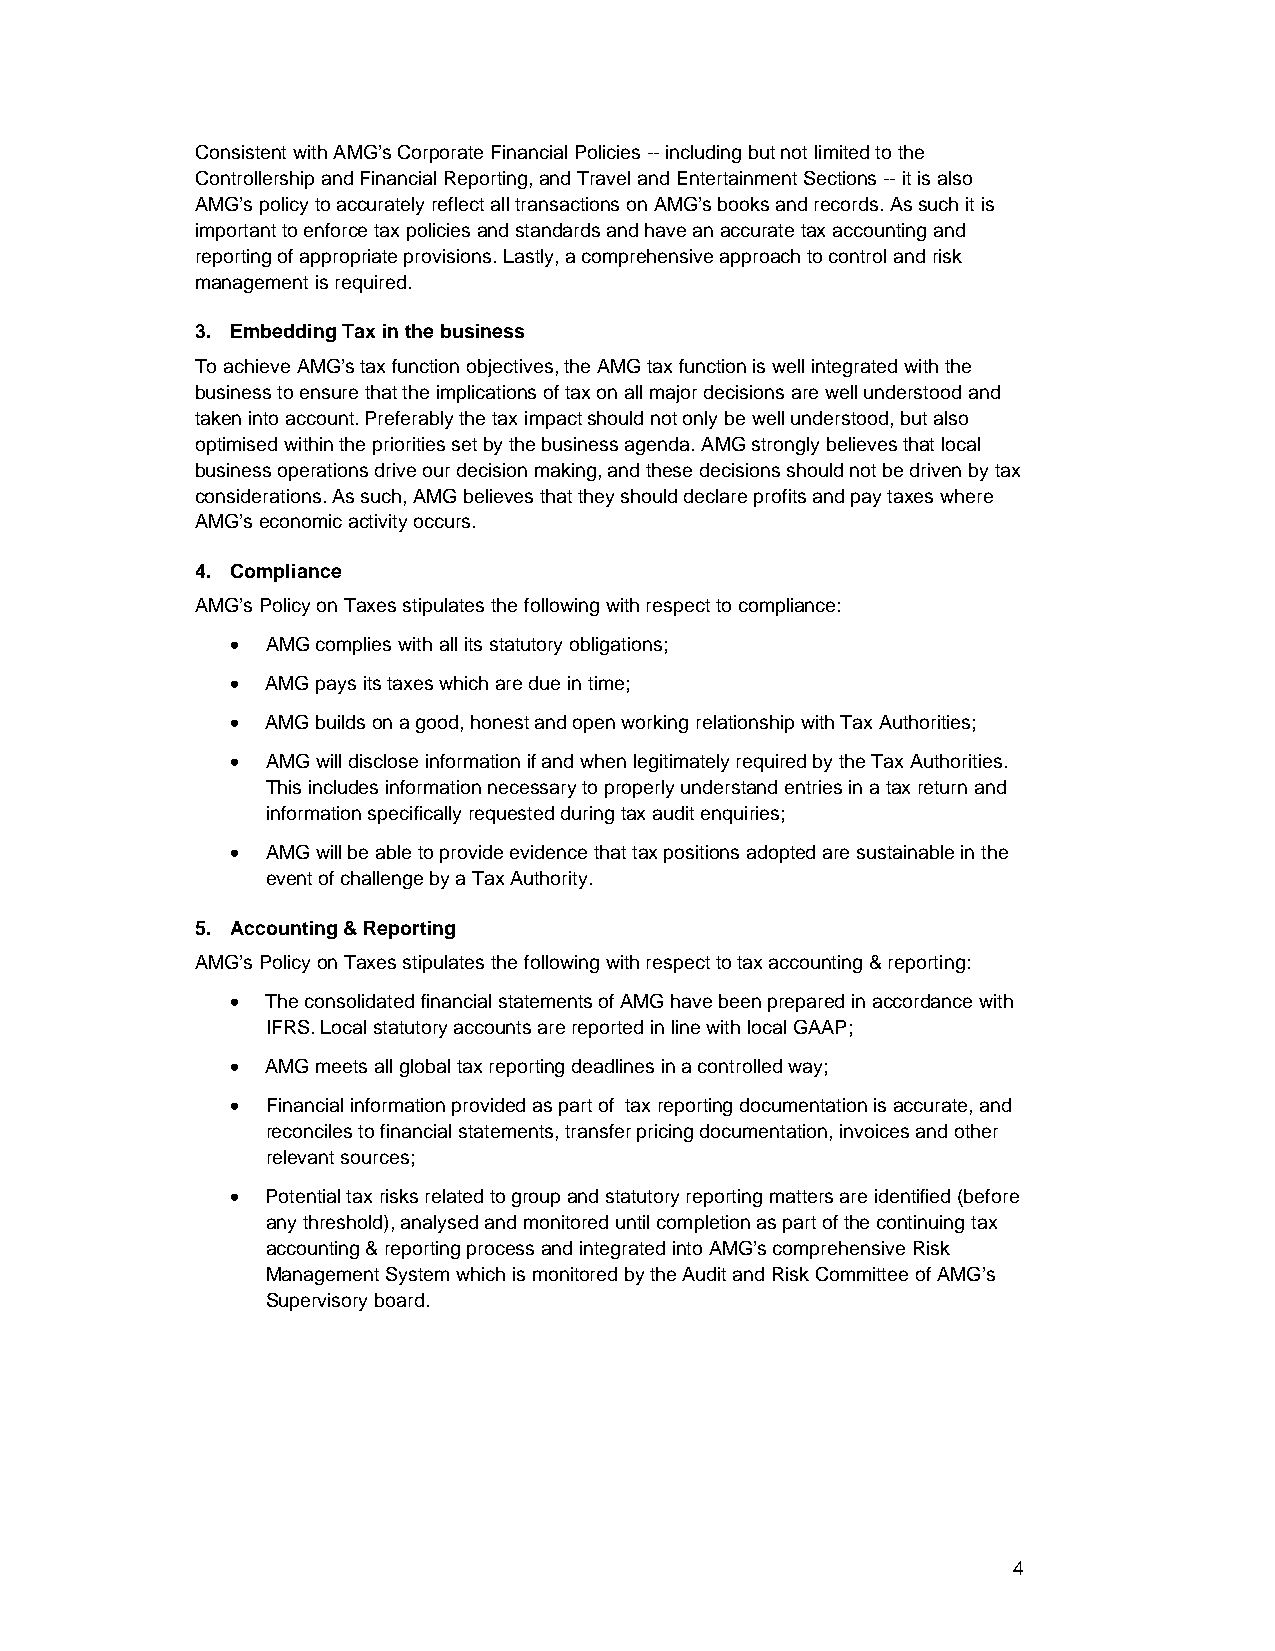
Consistent with AMG’s Corporate Financial Policies -- including but not limited to the
 Controllership and Financial Reporting, and Travel and Entertainment Sections -- it is also
 AMG’s policy to accurately reflect all transactions on AMG’s books and records. As such it is
 important to enforce tax policies and standards and have an accurate tax accounting and
 reporting of appropriate provisions. Lastly, a comprehensive approach to control and risk
 management is required.
 3. Embedding Tax in the business
 To achieve AMG’s tax function objectives, the AMG tax function is well integrated with the
 business to ensure that the implications of tax on all major decisions are well understood and
 taken into account. Preferably the tax impact should not only be well understood, but also
 optimised within the priorities set by the business agenda. AMG strongly believes that local
 business operations drive our decision making, and these decisions should not be driven by tax
 considerations. As such, AMG believes that they should declare profits and pay taxes where
 AMG’s economic activity occurs.
 4. Compliance
 AMG’s Policy on Taxes stipulates the following with respect to compliance:
   AMG complies with all its statutory obligations;
   AMG pays its taxes which are due in time;
   AMG builds on a good, honest and open working relationship with Tax Authorities;
   AMG will disclose information if and when legitimately required by the Tax Authorities.
 This includes information necessary to properly understand entries in a tax return and
 information specifically requested during tax audit enquiries;
   AMG will be able to provide evidence that tax positions adopted are sustainable in the
 event of challenge by a Tax Authority.
 5. Accounting & Reporting
 AMG’s Policy on Taxes stipulates the following with respect to tax accounting & reporting:
   The consolidated financial statements of AMG have been prepared in accordance with
 IFRS. Local statutory accounts are reported in line with local GAAP;
   AMG meets all global tax reporting deadlines in a controlled way;
   Financial information provided as part of tax reporting documentation is accurate, and
 reconciles to financial statements, transfer pricing documentation, invoices and other
 relevant sources;
   Potential tax risks related to group and statutory reporting matters are identified (before
 any threshold), analysed and monitored until completion as part of the continuing tax
 accounting & reporting process and integrated into AMG’s comprehensive Risk
 Management System which is monitored by the Audit and Risk Committee of AMG’s
 Supervisory board.
 4